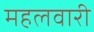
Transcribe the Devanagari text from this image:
महलवारी